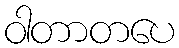
ဝါတာတပေ